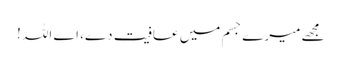
مجھے میرے جسم میں عافیت دے، اے اللہ !